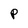
Character: P